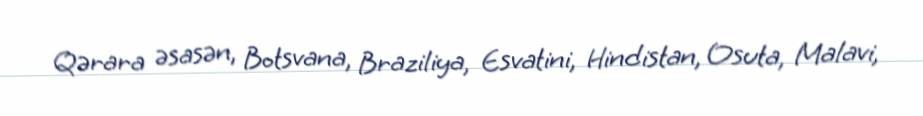
Qərara əsasən, Botsvana, Braziliya, Esvatini, Hindistan, Osuta, Malavi,